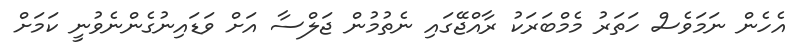
އެހެން ނަމަވެސް ހަތަރު މެމްބަރަކު ރާއްޖޭގައި ނެތުމުން ޖަލްސާ އަށް ވަޑައިނުގެންނެވުނީ ކަމަށް